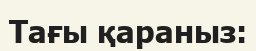
Тағы қараныз: